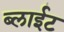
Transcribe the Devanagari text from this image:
ब्लाईट